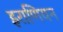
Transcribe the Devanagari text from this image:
इराणियन